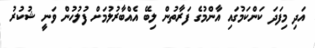
އަދި މިފަދަ ކަންކަމުގައި އާންމުގެ ފަރާތުން ލިބޭ އެއްބާރުލުމަށް ފުލުހުން ވަނީ ޝުކުރު